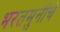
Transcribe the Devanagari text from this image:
भरतमुनीचे